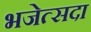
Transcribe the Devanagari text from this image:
भजेत्सदा